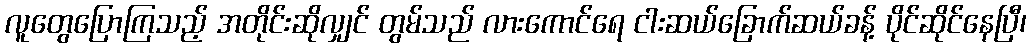
လူတွေပြောကြသည့် အတိုင်းဆိုလျှင် တွမ်သည် လားကောင်ရေ ငါးဆယ်ခြောက်ဆယ်ခန့် ပိုင်ဆိုင်နေပြီ၊